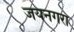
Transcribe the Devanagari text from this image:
जयनगरा